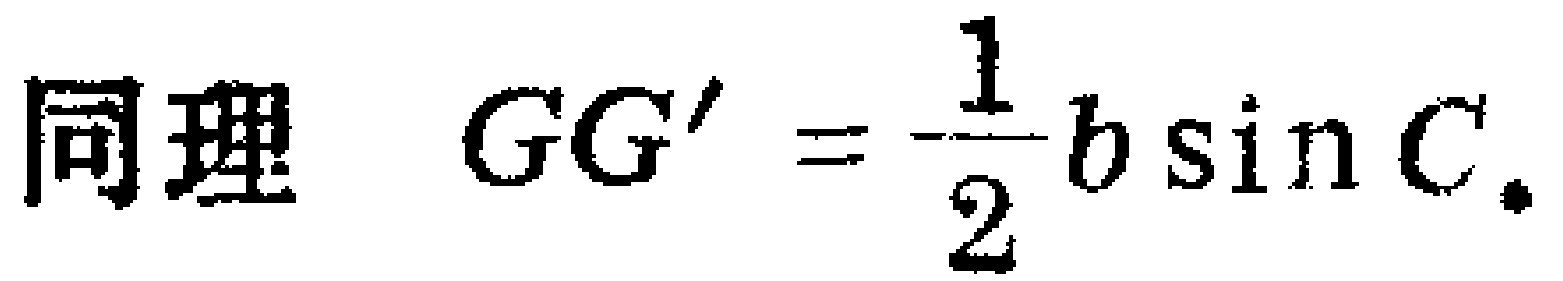
同理 \(GG' = \frac{1}{2}b\sin C.\)